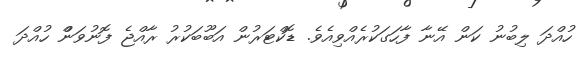
ހުއްދަ ލިބުނު ކަން އޭނާ ފާހަގަކުރެއްވިއެވެ. ޑޮކްޓަރުން އަބޫބަކުރު ރާއްޖެ ފޮނުވަންް ހުއްދަ